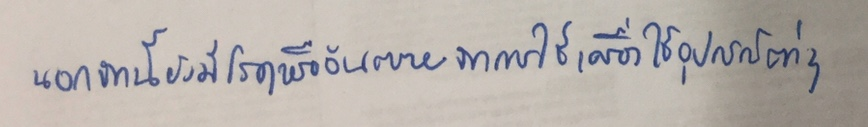
นอกจากนี้ยังมีโรคหรืออันตรายจากการใช้เครื่องใช้อุปกรณ์ต่างๆ